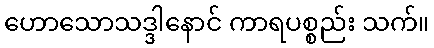
ဟောသောသဒ္ဒါနောင် ကာရပစ္စည်း သက်။